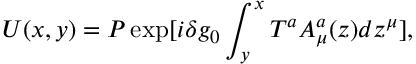
U ( x , y ) = P \exp [ i \delta g _ { 0 } \int _ { y } ^ { x } T ^ { a } A _ { \mu } ^ { a } ( z ) d z ^ { \mu } ] ,